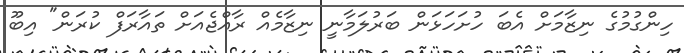
ހިންގުމުގެ ނިޒާމަށް އެބަ ހުށަހަޅަން ބަރުލަމާނީ ނިޒާމެއް ރާއްޖެއަށް ތައާރަފް ކުރަން" އިބޫ